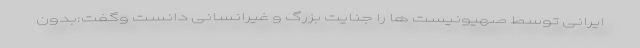
ایرانی توسط صهیونیست ها را جنایت بزرگ و غیرانسانی دانست وگفت:بدون